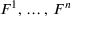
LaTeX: F ^ { 1 } , \, \ldots , \, F ^ { n }